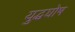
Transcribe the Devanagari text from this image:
युद्धघोष